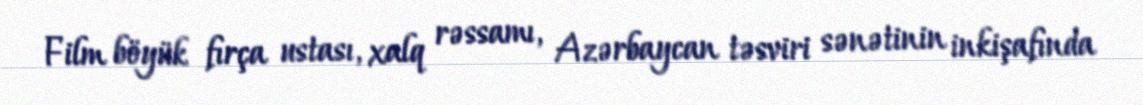
Film böyük fırça ustası, xalq rəssamı, Azərbaycan təsviri sənətinin inkişafında